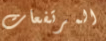
المرتفعات